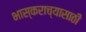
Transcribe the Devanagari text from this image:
भास्कराच्यासाठी